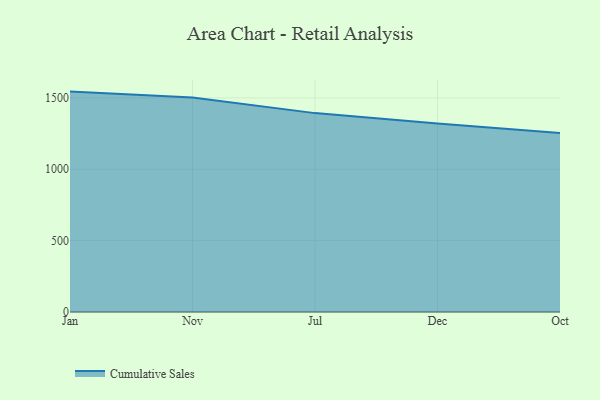
{"axis": {"x": "Month", "y": "Revenue (USD Million)"}, "legend": ["Cumulative Sales"], "data": [{"x": "Jan", "y": 1544.1, "type": "Cumulative Sales"}, {"x": "Nov", "y": 1501.9, "type": "Cumulative Sales"}, {"x": "Jul", "y": 1393.3, "type": "Cumulative Sales"}, {"x": "Dec", "y": 1320.1, "type": "Cumulative Sales"}, {"x": "Oct", "y": 1254.7, "type": "Cumulative Sales"}]}